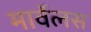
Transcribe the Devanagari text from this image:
मार्वेलस